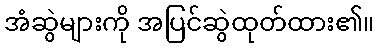
အံဆွဲများကို အပြင်ဆွဲထုတ်ထား၏။